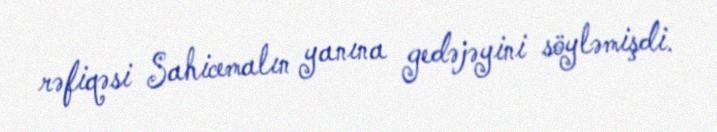
rəfiqəsi Sahicemalın yanına gedəjəyini söyləmişdi.